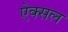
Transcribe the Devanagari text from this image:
ऐक्सल